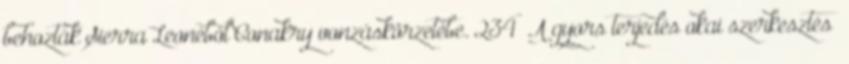
behozták Sierra Leonéból Conakry vonzáskörzetébe. 234 A gyors terjedés okai szerkesztés